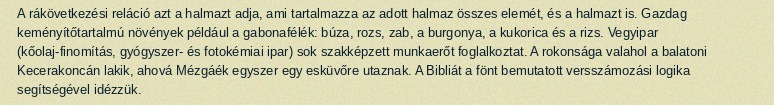
A rákövetkezési reláció azt a halmazt adja, ami tartalmazza az adott halmaz összes elemét, és a halmazt is. Gazdag keményítőtartalmú növények például a gabonafélék: búza, rozs, zab, a burgonya, a kukorica és a rizs. Vegyipar (kőolaj-finomítás, gyógyszer- és fotokémiai ipar) sok szakképzett munkaerőt foglalkoztat. A rokonsága valahol a balatoni Kecerakoncán lakik, ahová Mézgáék egyszer egy esküvőre utaznak. A Bibliát a fönt bemutatott versszámozási logika segítségével idézzük.